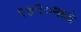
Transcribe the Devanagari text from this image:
१७९०मध्ये